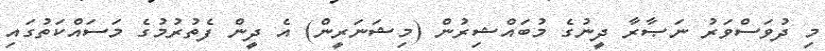
މި ދުވަސްވަރު ނަޞާރާ ދީނުގެ މުބައްޝިރުން (މިޝަނަރީން) އެ ދީން ފެތުރުމުގެ މަސައްކަތުގައި